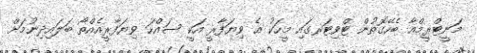
މަނީޓްރީމްއާ ބެހޭގޮތުން ޓްވިޓަރގައި މީހަކު އެ ވިޔަފާރީ އަކީ ސައްހަ ވިޔަފާރީއެއްތޯ ބަލައިދިނުމަށް